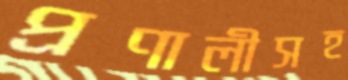
প্রণালীসহ